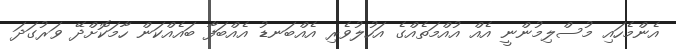
އެންމެހައި މުސްލިމުންނީ އެއް އުއްމަތެއްގެ އަހުލުވެރި އެއްބަނޑު އެއްބަފާ ބައެއްކަން ހާމަކޮށްދޭ ވަރުގަދަ